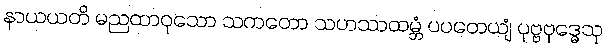
နာယယတိ မညထာဝုသော သကတော သဟဿထမ္ဘံ ပပတေယျံ ပုဗ္ဗဗုဒ္ဓေသု